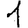
Digit: 1